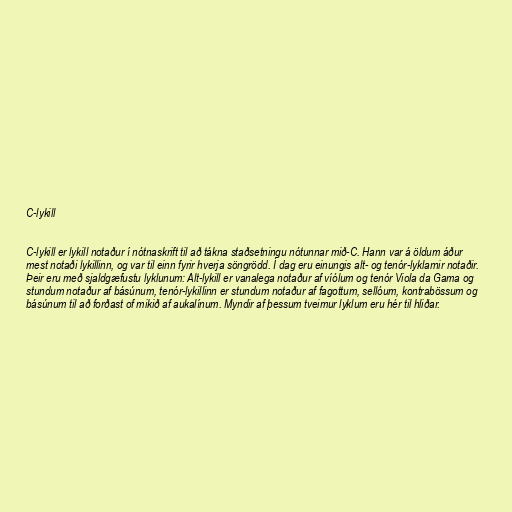
C-lykill

C-lykill er lykill notaður í nótnaskrift til að tákna staðsetningu nótunnar mið-C. Hann var á öldum áður
mest notaði lykillinn, og var til einn fyrir hverja söngrödd. Í dag eru einungis alt- og tenór-lyklarnir notaðir.
Þeir eru með sjaldgæfustu lyklunum: Alt-lykill er vanalega notaður af víólum og tenór Viola da Gama og
stundum notaður af básúnum, tenór-lykillinn er stundum notaður af fagottum, sellóum, kontrabössum og
básúnum til að forðast of mikið af aukalínum. Myndir af þessum tveimur lyklum eru hér til hliðar.